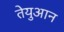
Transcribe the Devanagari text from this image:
तेयुआन